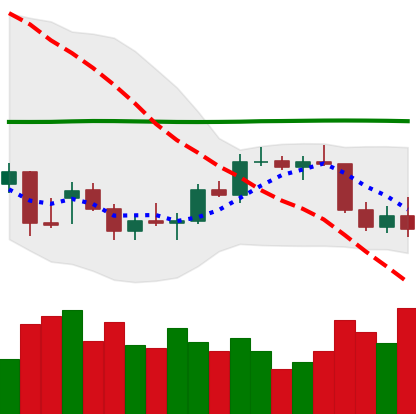
Ticker: BTC-USD
Chart end date: 2021-12-31
Forward return: -5.912%
Label: down_5_7